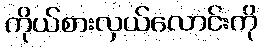
ကိုယ်စားလှယ်လောင်းကို